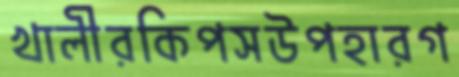
খালীরকিপসউপহারগ